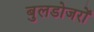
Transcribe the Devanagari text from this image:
बुलडोजरों